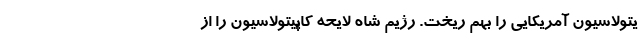
یتولاسیون آمریکایی را بهم ریخت. رژیم شاه لایحه کاپیتولاسیون را از